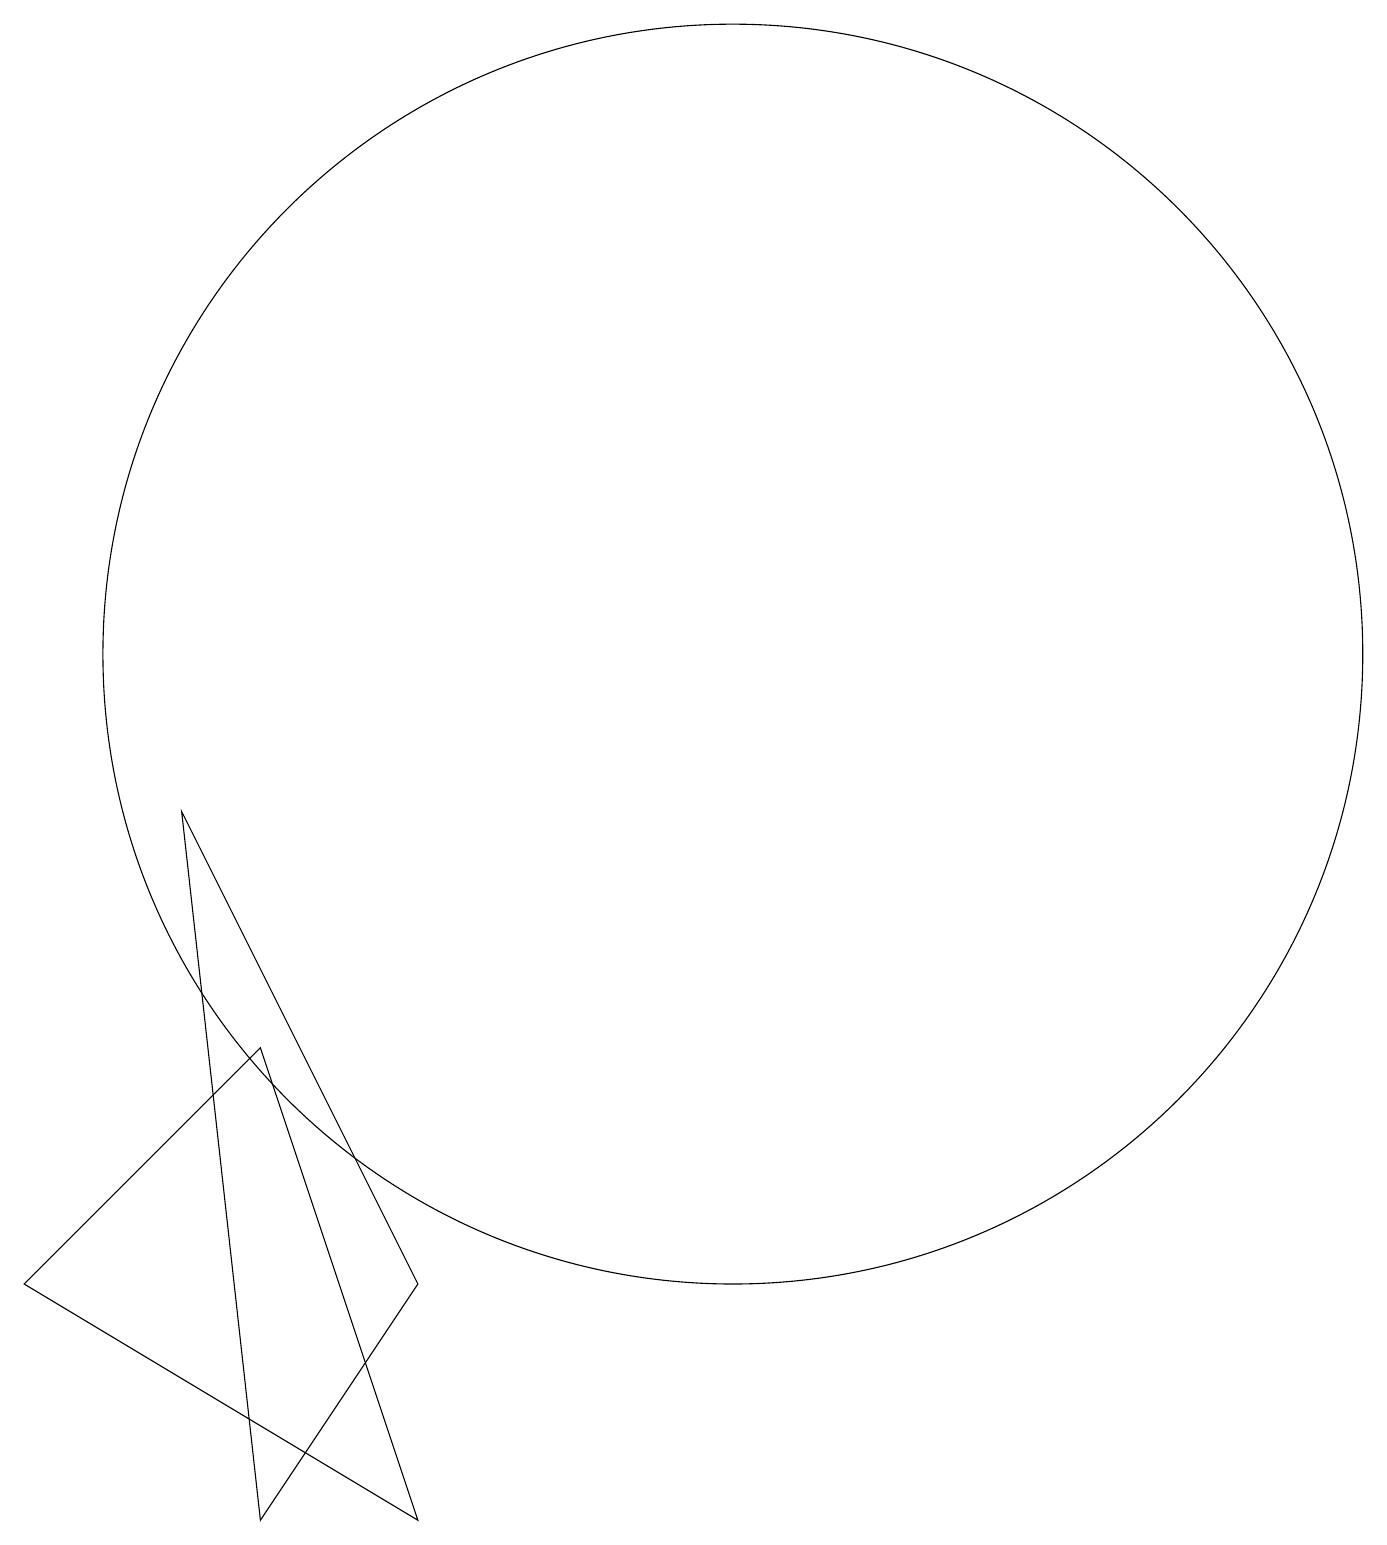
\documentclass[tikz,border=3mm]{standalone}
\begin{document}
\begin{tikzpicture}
\draw (5,6) -- (2,3) -- (7,0) -- cycle;
\draw (11,11) circle (8);
\draw (4,9) -- (7,3) -- (5,0) -- cycle;
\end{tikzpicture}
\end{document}